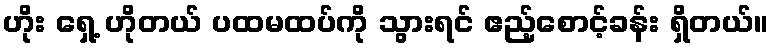
ဟိုး ရှေ့ ဟိုတယ် ပထမထပ်ကို သွားရင် ဧည့်စောင့်ခန်း ရှိတယ်။